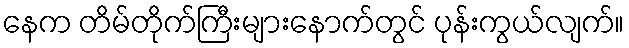
နေက တိမ်တိုက်ကြီးများနောက်တွင် ပုန်းကွယ်လျက်။